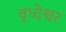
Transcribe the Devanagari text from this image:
वृध्देश्वर